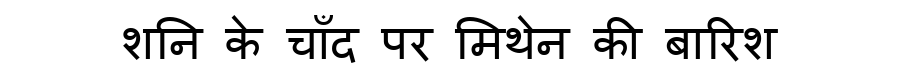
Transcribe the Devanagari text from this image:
शनि के चाँद पर मिथेन की बारिश